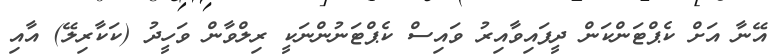
އޭނާ އަށް ކެޕްޓަންކަން ދީފައިވާއިރު ވައިސް ކެޕްޓަނުންނަކީ ރިލްވާން ވަހީދު (ކަކާރިލޭ) އާއި